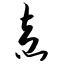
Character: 盍